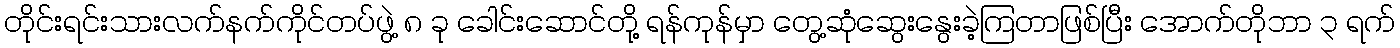
တိုင်းရင်းသားလက်နက်ကိုင်တပ်ဖွဲ့ ၈ ခု ခေါင်းဆောင်တို့ ရန်ကုန်မှာ တွေ့ဆုံဆွေးနွေးခဲ့ကြတာဖြစ်ပြီး အောက်တိုဘာ ၃ ရက်